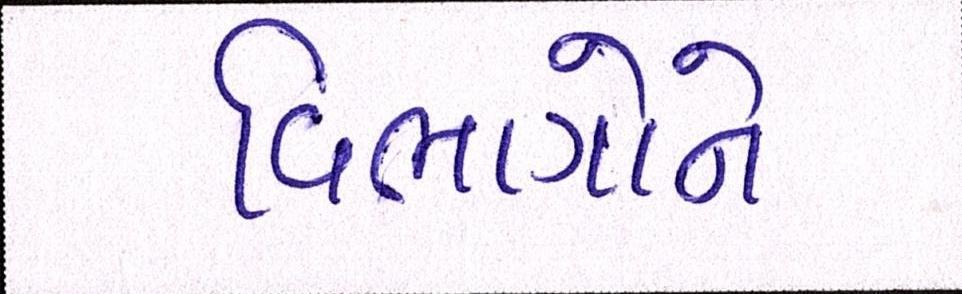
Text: વિભાગોને